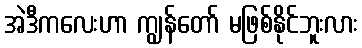
အဲဒီကလေးဟာ ကျွန်တော် မဖြစ်နိုင်ဘူးလား